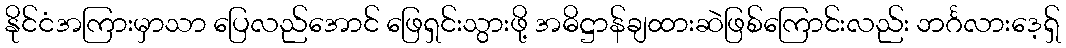
နိုင်ငံအကြားမှာသာ ပြေလည်အောင် ဖြေရှင်းသွားဖို့ အဓိဋ္ဌာန်ချထားဆဲဖြစ်ကြောင်းလည်း ဘင်္ဂလားဒေ့ရှ်